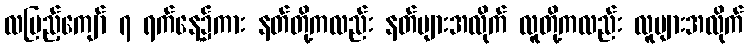
လပြည့်ကျော် ၇ ရက်နေ့၌ကား နတ်တို့ကလည်း နတ်များအလိုက် လူတို့ကလည်း လူများအလိုက်